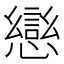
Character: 𭟄